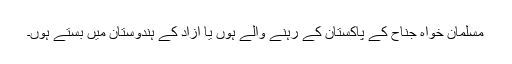
مسلمان خواہ جناح کے پاکستان کے رہنے والے ہوں یا آزاد کے ہندوستان میں بستے ہوں۔